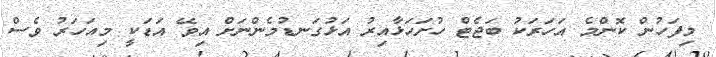
މިފަހުން ކޮންމެ އަހަރަކު ބަޖެޓް ހުށަހަޅާއިރު އަޅުގަނޑުމެންނަށް އިވޭ އަޑަކީ މިއަހަރު ވެސް